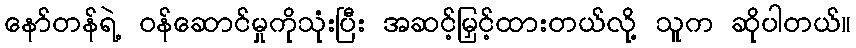
နော်တန်ရဲ့ ဝန်ဆောင်မှုကိုသုံးပြီး အဆင့်မြှင့်ထားတယ်လို့ သူက ဆိုပါတယ်။